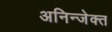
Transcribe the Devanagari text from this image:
अनिन्जेक्त